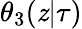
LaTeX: \theta_{3}(\mathit{z}|\tau)